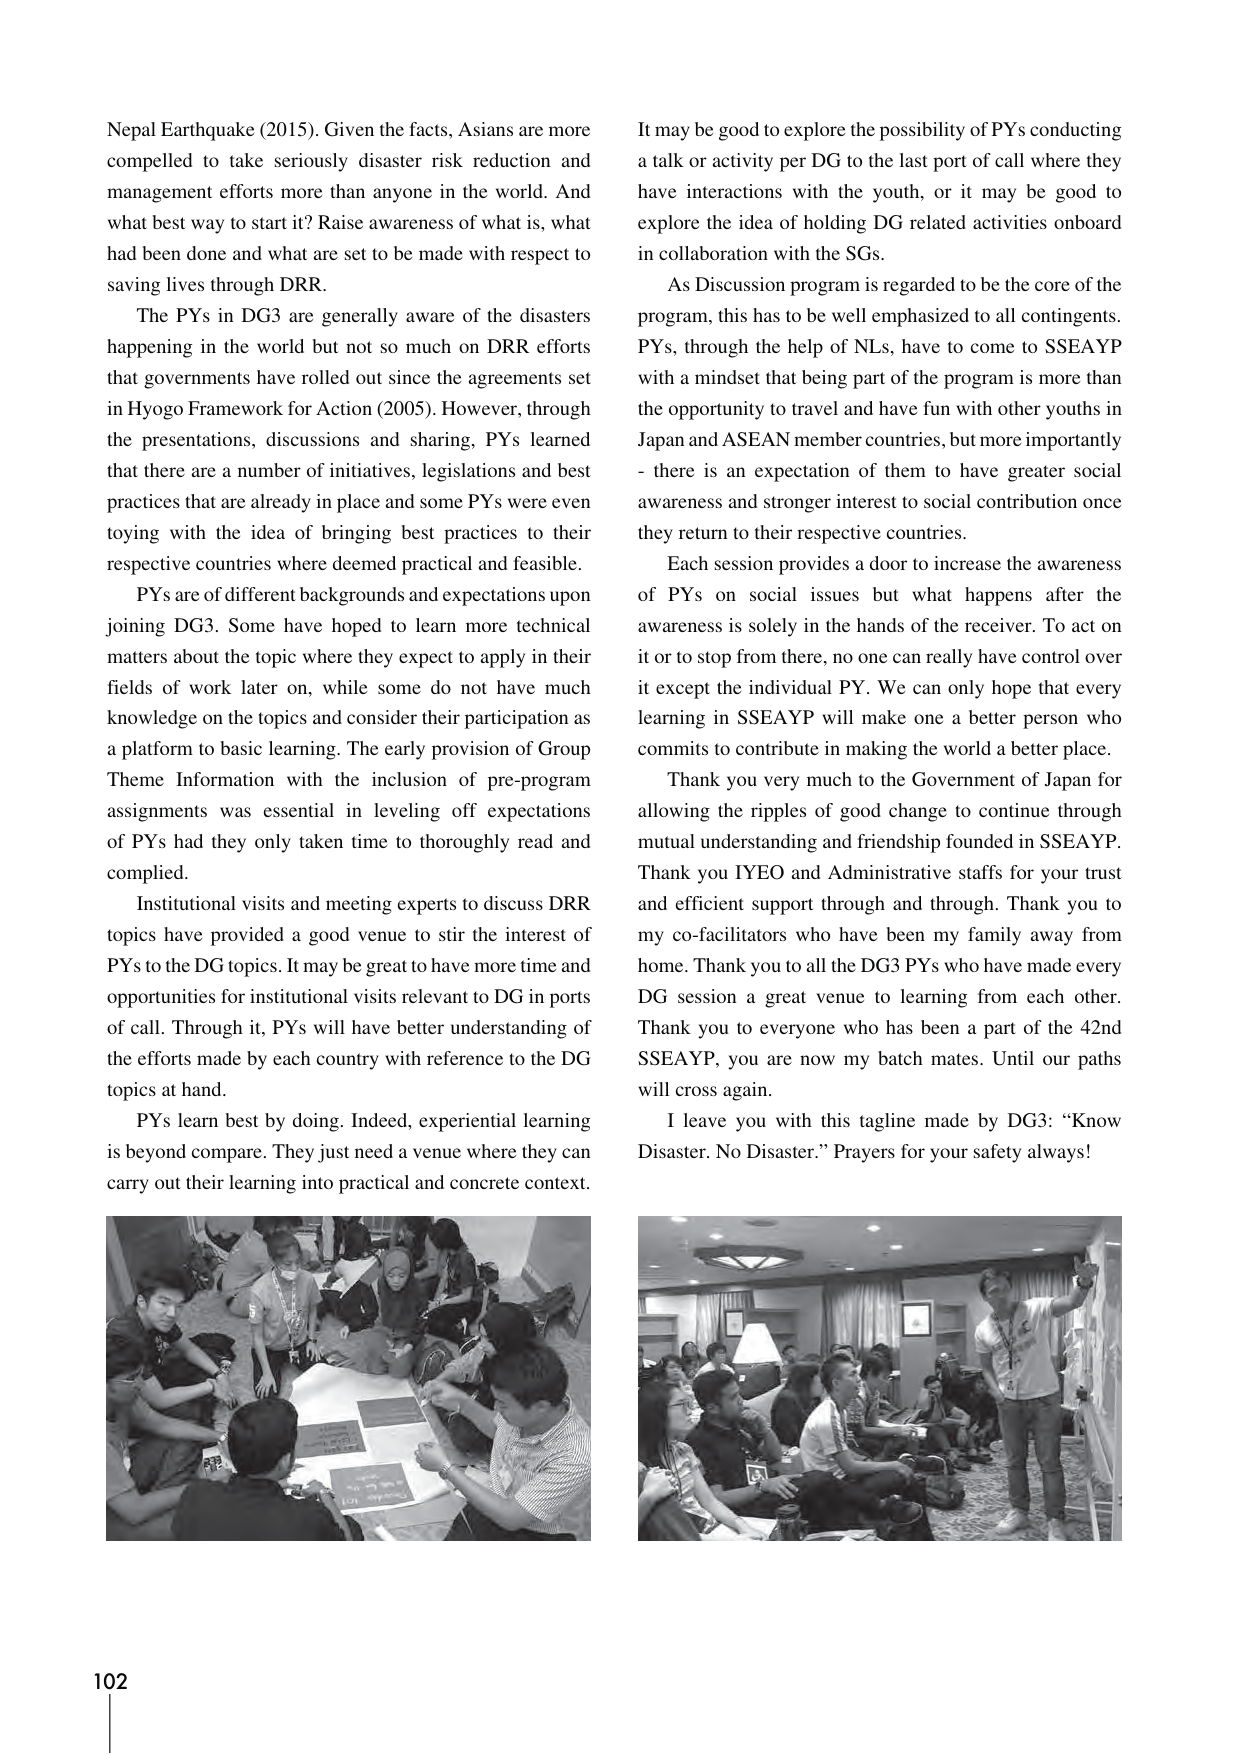
Nepal Earthquake (2015). Given the facts, Asians are more compelled to take seriously disaster risk reduction and management efforts more than anyone in the world. And what best way to start it? Raise awareness of what is, what had been done and what are set to be made with respect to saving lives through DRR.

The PYs in DG3 are generally aware of the disasters happening in the world but not so much on DRR efforts that governments have rolled out since the agreements set in Hyogo Framework for Action (2005). However, through the presentations, discussions and sharing, PYs learned that there are a number of initiatives, legislations and best practices that are already in place and some PYs were even toying with the idea of bringing best practices to their respective countries where deemed practical and feasible.

PYs are of different backgrounds and expectations upon joining DG3. Some have hoped to learn more technical matters about the topic where they expect to apply in their fields of work later on, while some do not have much knowledge on the topics and consider their participation as a platform to basic learning. The early provision of Group Theme Information with the inclusion of pre-program assignments was essential in leveling off expectations of PYs had they only taken time to thoroughly read and complied.

Institutional visits and meeting experts to discuss DRR topics have provided a good venue to stir the interest of PYs to the DG topics. It may be great to have more time and opportunities for institutional visits relevant to DG in ports of call. Through it, PYs will have better understanding of the efforts made by each country with reference to the DG topics at hand.

PYs learn best by doing. Indeed, experiential learning is beyond compare. They just need a venue where they can carry out their learning into practical and concrete context.

It may be good to explore the possibility of PYs conducting a talk or activity per DG to the last port of call where they have interactions with the youth, or it may be good to explore the idea of holding DG related activities onboard in collaboration with the SGs.

As Discussion program is regarded to be the core of the program, this has to be well emphasized to all contingents. PYs, through the help of NLs, have to come to SSEAYP with a mindset that being part of the program is more than the opportunity to travel and have fun with other youths in Japan and ASEAN member countries, but more importantly - there is an expectation of them to have greater social awareness and stronger interest to social contribution once they return to their respective countries.

Each session provides a door to increase the awareness of PYs on social issues but what happens after the awareness is solely in the hands of the receiver. To act on it or to stop from there, no one can really have control over it except the individual PY. We can only hope that every learning in SSEAYP will make one a better person who commits to contribute in making the world a better place.

Thank you very much to the Government of Japan for allowing the ripples of good change to continue through mutual understanding and friendship founded in SSEAYP. Thank you IYEO and Administrative staffs for your trust and efficient support through and through. Thank you to my co-facilitators who have been my family away from home. Thank you to all the DG3 PYs who have made every DG session a great venue to learning from each other. Thank you to everyone who has been a part of the 42nd SSEAYP, you are now my batch mates. Until our paths will cross again.

I leave you with this tagline made by DG3: “Know Disaster. No Disaster.” Prayers for your safety always!

102